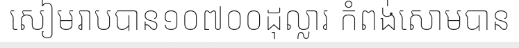
សៀមរាបបាន១០៧០០ដុល្លារ កំពង់សោមបាន